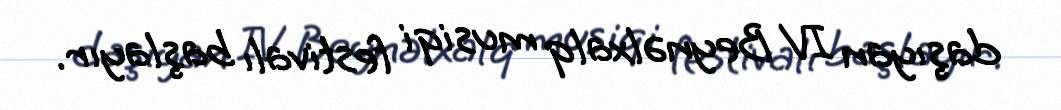
daşıyan IV Beynəlxalq musiqi festivalı başlayır.